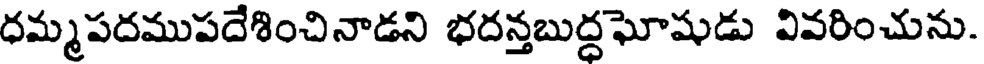
ధమ్మపదముపదేశించినాడని భదన్తబుద్దఘోషుడు వివరించును.